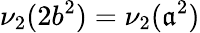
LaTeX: \nu_{2}(2b^{2})=\nu_{2}(\mathfrak{a}^{2})